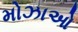
મોઝાઓ